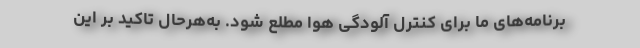
برنامه‌های ما برای کنترل آلودگی هوا مطلع شود. به‌هرحال تاکید بر این